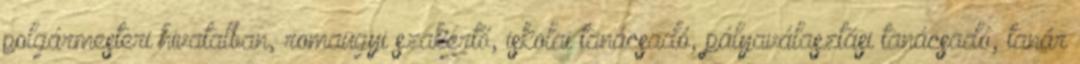
polgármesteri hivatalban, romaügyi szakértő, iskolai tanácsadó, pályaválasztási tanácsadó, tanár